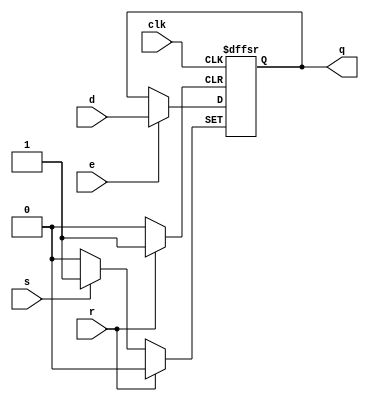
module dffrs (
    input wire d,
    input wire clk,
    input wire r,
    input wire s,
    input wire e,
    output reg q
);
	initial begin
		q = 0;
	end

	always @(posedge clk or posedge r or posedge s) begin
		if (r)
			q <= 1'b0;
		else if (s)
			q <= 1'b1;
		else if (e)
			q <= d;
	end

endmodule